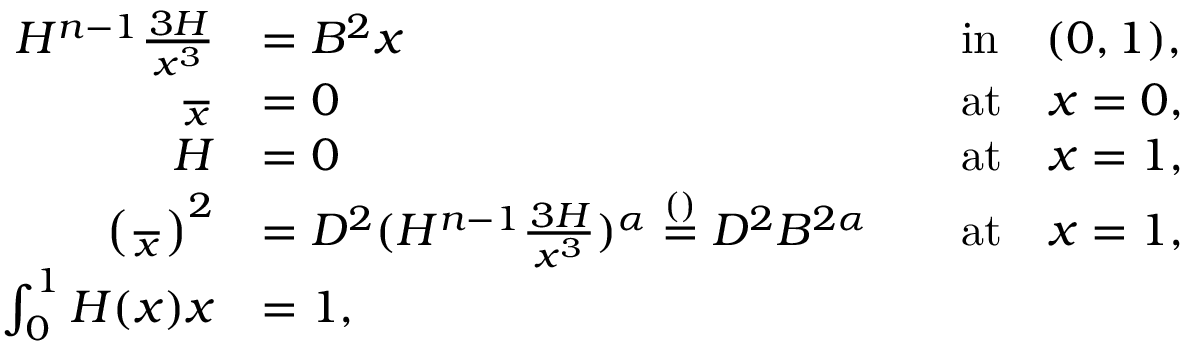
\begin{array} { r l r l } { H ^ { n - 1 } \frac { \d ^ { 3 } H } { \d x ^ { 3 } } } & { = B ^ { 2 } x } & & { \mathrm { i n } \quad ( 0 , 1 ) , } \\ { \frac { \d H } { \d x } } & { = 0 } & & { \mathrm { a t } \quad x = 0 , } \\ { H } & { = 0 } & & { \mathrm { a t } \quad x = 1 , } \\ { \left( \frac { \d H } { \d x } \right) ^ { 2 } } & { = D ^ { 2 } ( H ^ { n - 1 } \frac { \d ^ { 3 } H } { \d x ^ { 3 } } ) ^ { \alpha } \stackrel { ( ) } = D ^ { 2 } B ^ { 2 \alpha } } & & { \mathrm { a t } \quad x = 1 , } \\ { \int _ { 0 } ^ { 1 } H ( x ) \d x } & { = 1 , } & & { } \end{array}